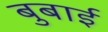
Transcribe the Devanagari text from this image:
बुबाई